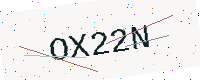
Text: OX22N